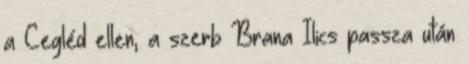
a Cegléd ellen, a szerb Brana Ilics passza után